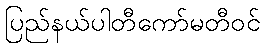
ပြည်နယ်ပါတီကော်မတီဝင်